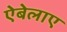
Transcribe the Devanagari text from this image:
ऐबेलाए